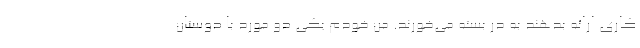
کاری ارائه بدهند به درِ بسته می‌خورند. من خودم یکی دو مورد با دوستان